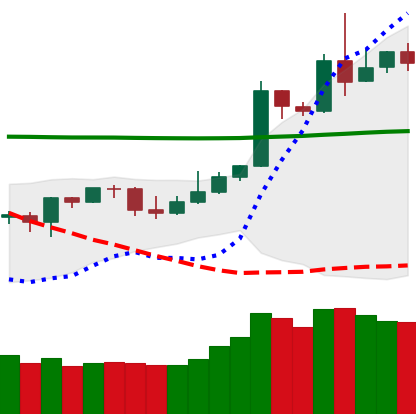
Ticker: DOGE-USD
Chart end date: 2020-05-03
Forward return: 4.582%
Label: up_3_5